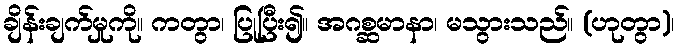
ချိန်းချက်မှုကို။ ကတွာ၊ ပြုပြီး၍။ အဂစ္ဆမာနာ၊ မသွားသည်။ (ဟုတွာ)၊